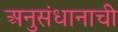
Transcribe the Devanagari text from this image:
अनुसंधानाची